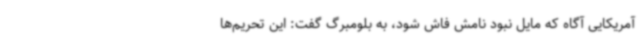
آمریکایی آگاه که مایل نبود نامش فاش شود، به بلومبرگ گفت: این تحریم‌ها